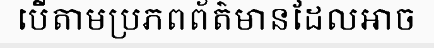
បើតាមប្រភពព័ត៌មានដែលអាច